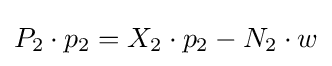
P_{2}\cdot p_{2}=X_{2}\cdot p_{2}-N_{2}\cdot w